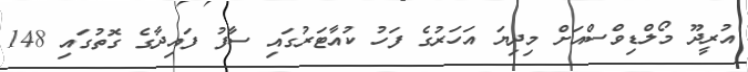
އުރީދޫ މޯލްޑިވްސްއަށް މިދިޔަ އަހަރުގެ ފަހު ކުއާޓަރުގައި ސާފު ފައިދާގެ ގޮތުގައި 148